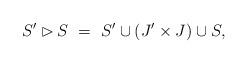
LaTeX: \begin{align*} S' \rhd S \ = \ S' \cup (J' \times J) \cup S, \end{align*}